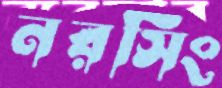
নরসিং